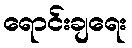
ရောင်းချရေး